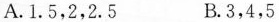
A.1.5，2，2.5 B.3，4，5